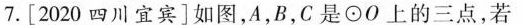
7.[2020四川宜宾]如图，A，B，C是⊙O上的三点，若